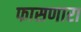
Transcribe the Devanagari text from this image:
फासणारा